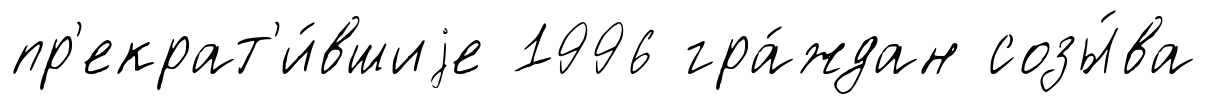
пр'екрат'и́вшиjе 1996 гра́ждан созы́ва